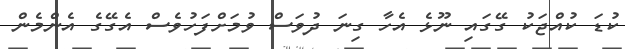
ކުޑަ ކުއްޖަކު ގޭގައި ނޫޅެ އެހާ ގިނަ ދުވަސް ވުމަށްފަހުވެސް އެގޭގެ އެންމެން